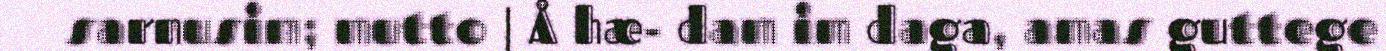
sarnusim; mutto | Å hæ- dam im daga, amas guttege